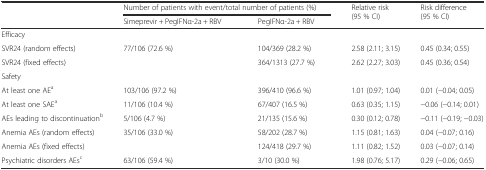
<table><thead><tr><td></td><td colspan="2"><b>Number of patients with event/total number of patients (%)</b></td><td rowspan="2"><b>Relative risk (95 % CI)</b></td><td rowspan="2"><b>Risk difference (95 % CI)</b></td></tr><tr><td></td><td><b>Simeprevir + PegIFNα-2a + RBV</b></td><td><b>PegIFNα-2a + RBV</b></td></tr></thead><tbody><tr><td colspan="5">Efficacy</td></tr><tr><td>SVR24 (random effects)</td><td rowspan="2">77/106 (72.6 %)</td><td>104/369 (28.2 %)</td><td>2.58 (2.11; 3.15)</td><td>0.45 (0.34; 0.55)</td></tr><tr><td>SVR24 (fixed effects)</td><td>364/1313 (27.7 %)</td><td>2.62 (2.27; 3.03)</td><td>0.45 (0.36; 0.54)</td></tr><tr><td colspan="5">Safety</td></tr><tr><td>At least one AE<sup>a</sup></td><td>103/106 (97.2 %)</td><td>396/410 (96.6 %)</td><td>1.01 (0.97; 1.04)</td><td>0.01 (−0.04; 0.05)</td></tr><tr><td>At least one SAE<sup>a</sup></td><td>11/106 (10.4 %)</td><td>67/407 (16.5 %)</td><td>0.63 (0.35; 1.15)</td><td>−0.06 (−0.14; 0.01)</td></tr><tr><td>AEs leading to discontinuation<sup>b</sup></td><td>5/106 (4.7 %)</td><td>21/135 (15.6 %)</td><td>0.30 (0.12; 0.78)</td><td>−0.11 (−0.19; −0.03)</td></tr><tr><td>Anemia AEs (random effects)</td><td rowspan="2">35/106 (33.0 %)</td><td>58/202 (28.7 %)</td><td>1.15 (0.81; 1.63)</td><td>0.04 (−0.07; 0.16)</td></tr><tr><td>Anemia AEs (fixed effects)</td><td>124/418 (29.7 %)</td><td>1.11 (0.82; 1.52)</td><td>0.03 (−0.07; 0.14)</td></tr><tr><td>Psychiatric disorders AEs<sup>c</sup></td><td>63/106 (59.4 %)</td><td>3/10 (30.0 %)</td><td>1.98 (0.76; 5.17)</td><td>0.29 (−0.06; 0.65)</td></tr></tbody></table>